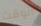
الوقت